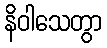
နိဝါသေတွာ